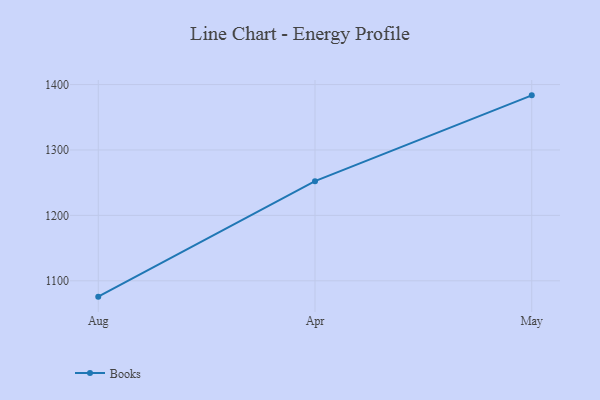
{"axis": {"x": "Month", "y": "Demand Index"}, "legend": ["Books"], "data": [{"x": "Aug", "y": 1075.8, "type": "Books"}, {"x": "Apr", "y": 1252.3, "type": "Books"}, {"x": "May", "y": 1383.5, "type": "Books"}]}